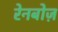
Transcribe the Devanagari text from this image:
रेनबोज़